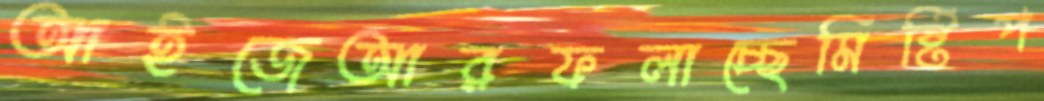
আইজেআরফলাচ্ছেমিষ্টিপ